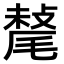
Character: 𣯷